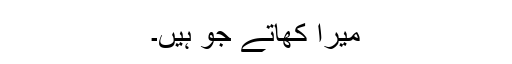
میرا کھاتے جو ہیں۔